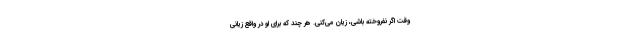
وقت اگر نفروخته باشی، زیان می‌کنی. هر چند که برای او در واقع زیانی